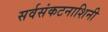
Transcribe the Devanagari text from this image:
सर्वसंकटनाशिनी